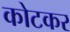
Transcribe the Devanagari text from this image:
कोटकर